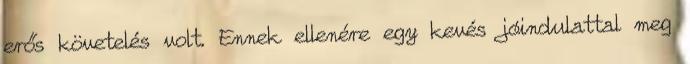
erős követelés volt. Ennek ellenére egy kevés jóindulattal meg